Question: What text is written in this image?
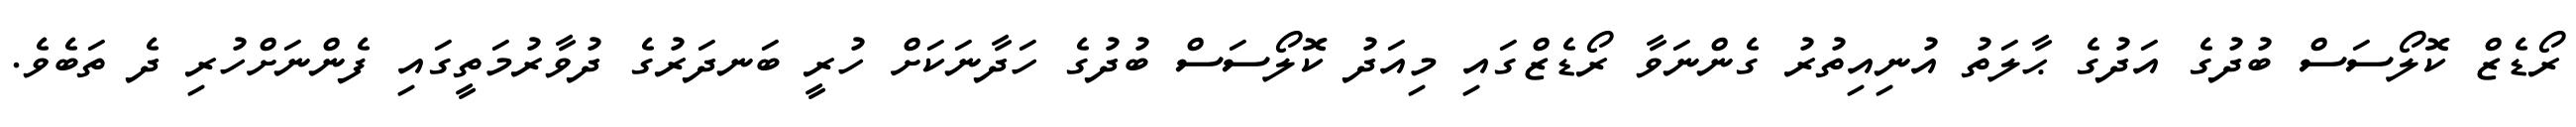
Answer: ރޯޑެޒް ކޮލޯސަސް ބުދުގެ އަދުގެ ޙާލަތު އުނިއިތުރު ގެންނަވާ ރޯޑެޒްގައި މިއަދު ކޮލޯސަސް ބުދުގެ ހަދާނަކަށް ހުރީ ބަނދަރުގެ ދުވާރުމަތީގައި ފެންނަށްހުރި ދެ ތަބެވެ.